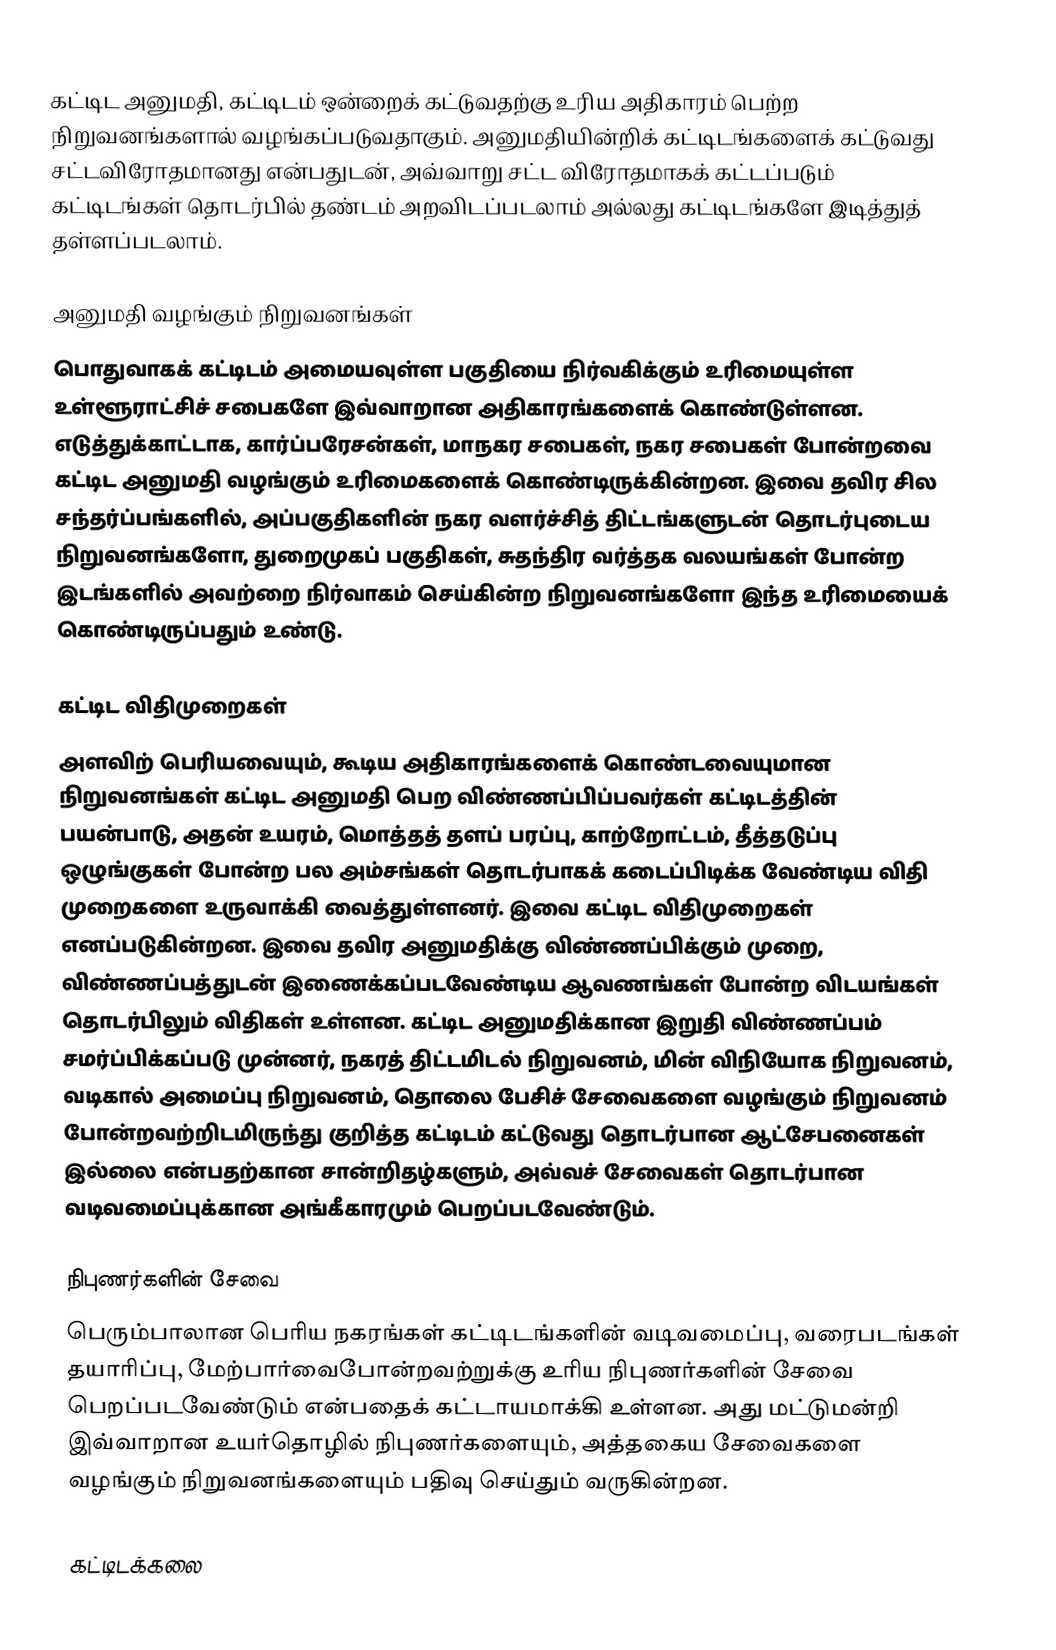
கட்டிட அனுமதி, கட்டிடம் ஒன்றைக் கட்டுவதற்கு உரிய அதிகாரம் பெற்ற நிறுவனங்களால் வழங்கப்படுவதாகும். அனுமதியின்றிக் கட்டிடங்களைக் கட்டுவது சட்டவிரோதமானது என்பதுடன், அவ்வாறு சட்ட விரோதமாகக் கட்டப்படும் கட்டிடங்கள் தொடர்பில் தண்டம் அறவிடப்படலாம் அல்லது கட்டிடங்களே இடித்துத் தள்ளப்படலாம்.

அனுமதி வழங்கும் நிறுவனங்கள்
பொதுவாகக் கட்டிடம் அமையவுள்ள பகுதியை நிர்வகிக்கும் உரிமையுள்ள உள்ளூராட்சிச் சபைகளே இவ்வாறான அதிகாரங்களைக் கொண்டுள்ளன. எடுத்துக்காட்டாக, கார்ப்பரேசன்கள், மாநகர சபைகள், நகர சபைகள் போன்றவை கட்டிட அனுமதி வழங்கும் உரிமைகளைக் கொண்டிருக்கின்றன. இவை தவிர சில சந்தர்ப்பங்களில், அப்பகுதிகளின் நகர வளர்ச்சித் திட்டங்களுடன் தொடர்புடைய நிறுவனங்களோ, துறைமுகப் பகுதிகள், சுதந்திர வர்த்தக வலயங்கள் போன்ற இடங்களில் அவற்றை நிர்வாகம் செய்கின்ற நிறுவனங்களோ இந்த உரிமையைக் கொண்டிருப்பதும் உண்டு.

கட்டிட விதிமுறைகள்
அளவிற் பெரியவையும், கூடிய அதிகாரங்களைக் கொண்டவையுமான நிறுவனங்கள் கட்டிட அனுமதி பெற விண்ணப்பிப்பவர்கள் கட்டிடத்தின் பயன்பாடு, அதன் உயரம், மொத்தத் தளப் பரப்பு, காற்றோட்டம், தீத்தடுப்பு ஒழுங்குகள் போன்ற பல அம்சங்கள் தொடர்பாகக் கடைப்பிடிக்க வேண்டிய விதி முறைகளை உருவாக்கி வைத்துள்ளனர். இவை கட்டிட விதிமுறைகள் எனப்படுகின்றன. இவை தவிர அனுமதிக்கு விண்ணப்பிக்கும் முறை, விண்ணப்பத்துடன் இணைக்கப்படவேண்டிய ஆவணங்கள் போன்ற விடயங்கள் தொடர்பிலும் விதிகள் உள்ளன. கட்டிட அனுமதிக்கான இறுதி விண்ணப்பம் சமர்ப்பிக்கப்படு முன்னர், நகரத் திட்டமிடல் நிறுவனம், மின் விநியோக நிறுவனம், வடிகால் அமைப்பு நிறுவனம், தொலை பேசிச் சேவைகளை வழங்கும் நிறுவனம் போன்றவற்றிடமிருந்து குறித்த கட்டிடம் கட்டுவது தொடர்பான ஆட்சேபனைகள் இல்லை என்பதற்கான சான்றிதழ்களும், அவ்வச் சேவைகள் தொடர்பான வடிவமைப்புக்கான அங்கீகாரமும் பெறப்படவேண்டும்.

நிபுணர்களின் சேவை
பெரும்பாலான பெரிய நகரங்கள் கட்டிடங்களின் வடிவமைப்பு, வரைபடங்கள் தயாரிப்பு, மேற்பார்வைபோன்றவற்றுக்கு உரிய நிபுணர்களின் சேவை பெறப்படவேண்டும் என்பதைக் கட்டாயமாக்கி உள்ளன. அது மட்டுமன்றி இவ்வாறான உயர்தொழில் நிபுணர்களையும், அத்தகைய சேவைகளை வழங்கும் நிறுவனங்களையும் பதிவு செய்தும் வருகின்றன.

கட்டிடக்கலை